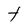
Character: t